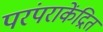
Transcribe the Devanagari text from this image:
परंपराकेंद्रित